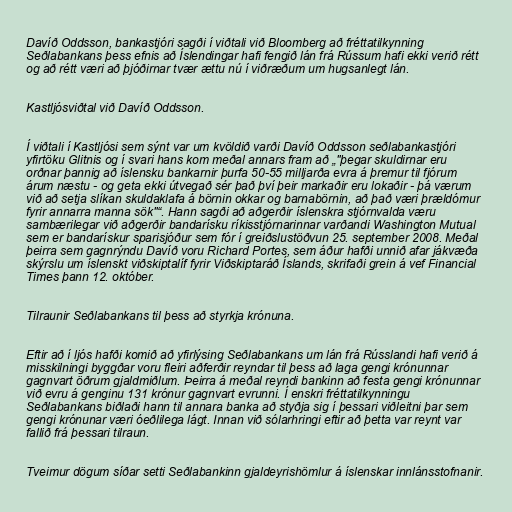
Davíð Oddsson, bankastjóri sagði í viðtali við Bloomberg að fréttatilkynning
Seðlabankans þess efnis að Íslendingar hafi fengið lán frá Rússum hafi ekki verið rétt
og að rétt væri að þjóðirnar tvær ættu nú í viðræðum um hugsanlegt lán.

Kastljósviðtal við Davíð Oddsson.

Í viðtali í Kastljósi sem sýnt var um kvöldið varði Davíð Oddsson seðlabankastjóri
yfirtöku Glitnis og í svari hans kom meðal annars fram að „"þegar skuldirnar eru
orðnar þannig að íslensku bankarnir þurfa 50-55 milljarða evra á þremur til fjórum
árum næstu - og geta ekki útvegað sér það því þeir markaðir eru lokaðir - þá værum
við að setja slíkan skuldaklafa á börnin okkar og barnabörnin, að það væri þrældómur
fyrir annarra manna sök"“. Hann sagði að aðgerðir íslenskra stjórnvalda væru
sambærilegar við aðgerðir bandarísku ríkisstjórnarinnar varðandi Washington Mutual
sem er bandarískur sparisjóður sem fór í greiðslustöðvun 25. september 2008. Meðal
þeirra sem gagnrýndu Davíð voru Richard Portes, sem áður hafði unnið afar jákvæða
skýrslu um íslenskt viðskiptalíf fyrir Viðskiptaráð Íslands, skrifaði grein á vef Financial
Times þann 12. október.

Tilraunir Seðlabankans til þess að styrkja krónuna.

Eftir að í ljós hafði komið að yfirlýsing Seðlabankans um lán frá Rússlandi hafi verið á
misskilningi byggðar voru fleiri aðferðir reyndar til þess að laga gengi krónunnar
gagnvart öðrum gjaldmiðlum. Þeirra á meðal reyndi bankinn að festa gengi krónunnar
við evru á genginu 131 krónur gagnvart evrunni. Í enskri fréttatilkynningu
Seðlabankans biðlaði hann til annara banka að styðja sig í þessari viðleitni þar sem
gengi krónunar væri óeðlilega lágt. Innan við sólarhringi eftir að þetta var reynt var
fallið frá þessari tilraun.

Tveimur dögum síðar setti Seðlabankinn gjaldeyrishömlur á íslenskar innlánsstofnanir.